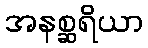
အနစ္ဆရိယာ